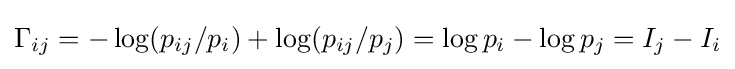
\Gamma _{ij}=-\log(p_{ij}/p_{i})+\log(p_{ij}/p_{j})=\log p_{i}-\log p_{j}=I_{j}-I_{i}